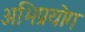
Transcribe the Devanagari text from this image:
अभिप्रयोग